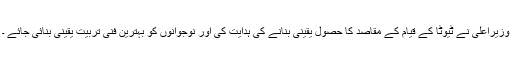
وزیراعلیٰ نے ٹیوٹا کے قیام کے مقاصد کا حصول یقینی بنانے کی ہدایت کی اور نوجوانوں کو بہترین فنی تربیت یقینی بنائی جائے ۔